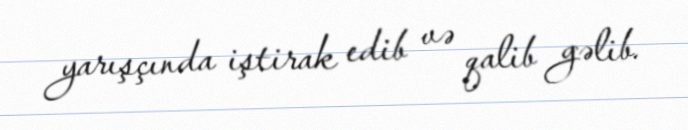
yarışçında iştirak edib və qalib gəlib.